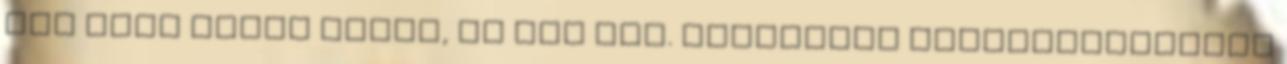
fél évig Braun Csaba, az MVK Zrt. marketing osztályvezetője